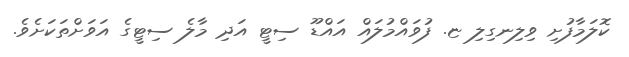
ކޮލަމާފުށި ވިލިނގިލި ޏ. ފުވައްމުލައް އައްޑޫ ސިޓީ އަދި މާލެ ސިޓީގެ އަވަށްތަކަށެވެ.